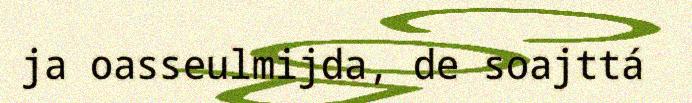
ja oasseulmijda, de soajttá